65_HS1-834228961_62-HQ-83894_Section_3
Agency: FBI
Page 143
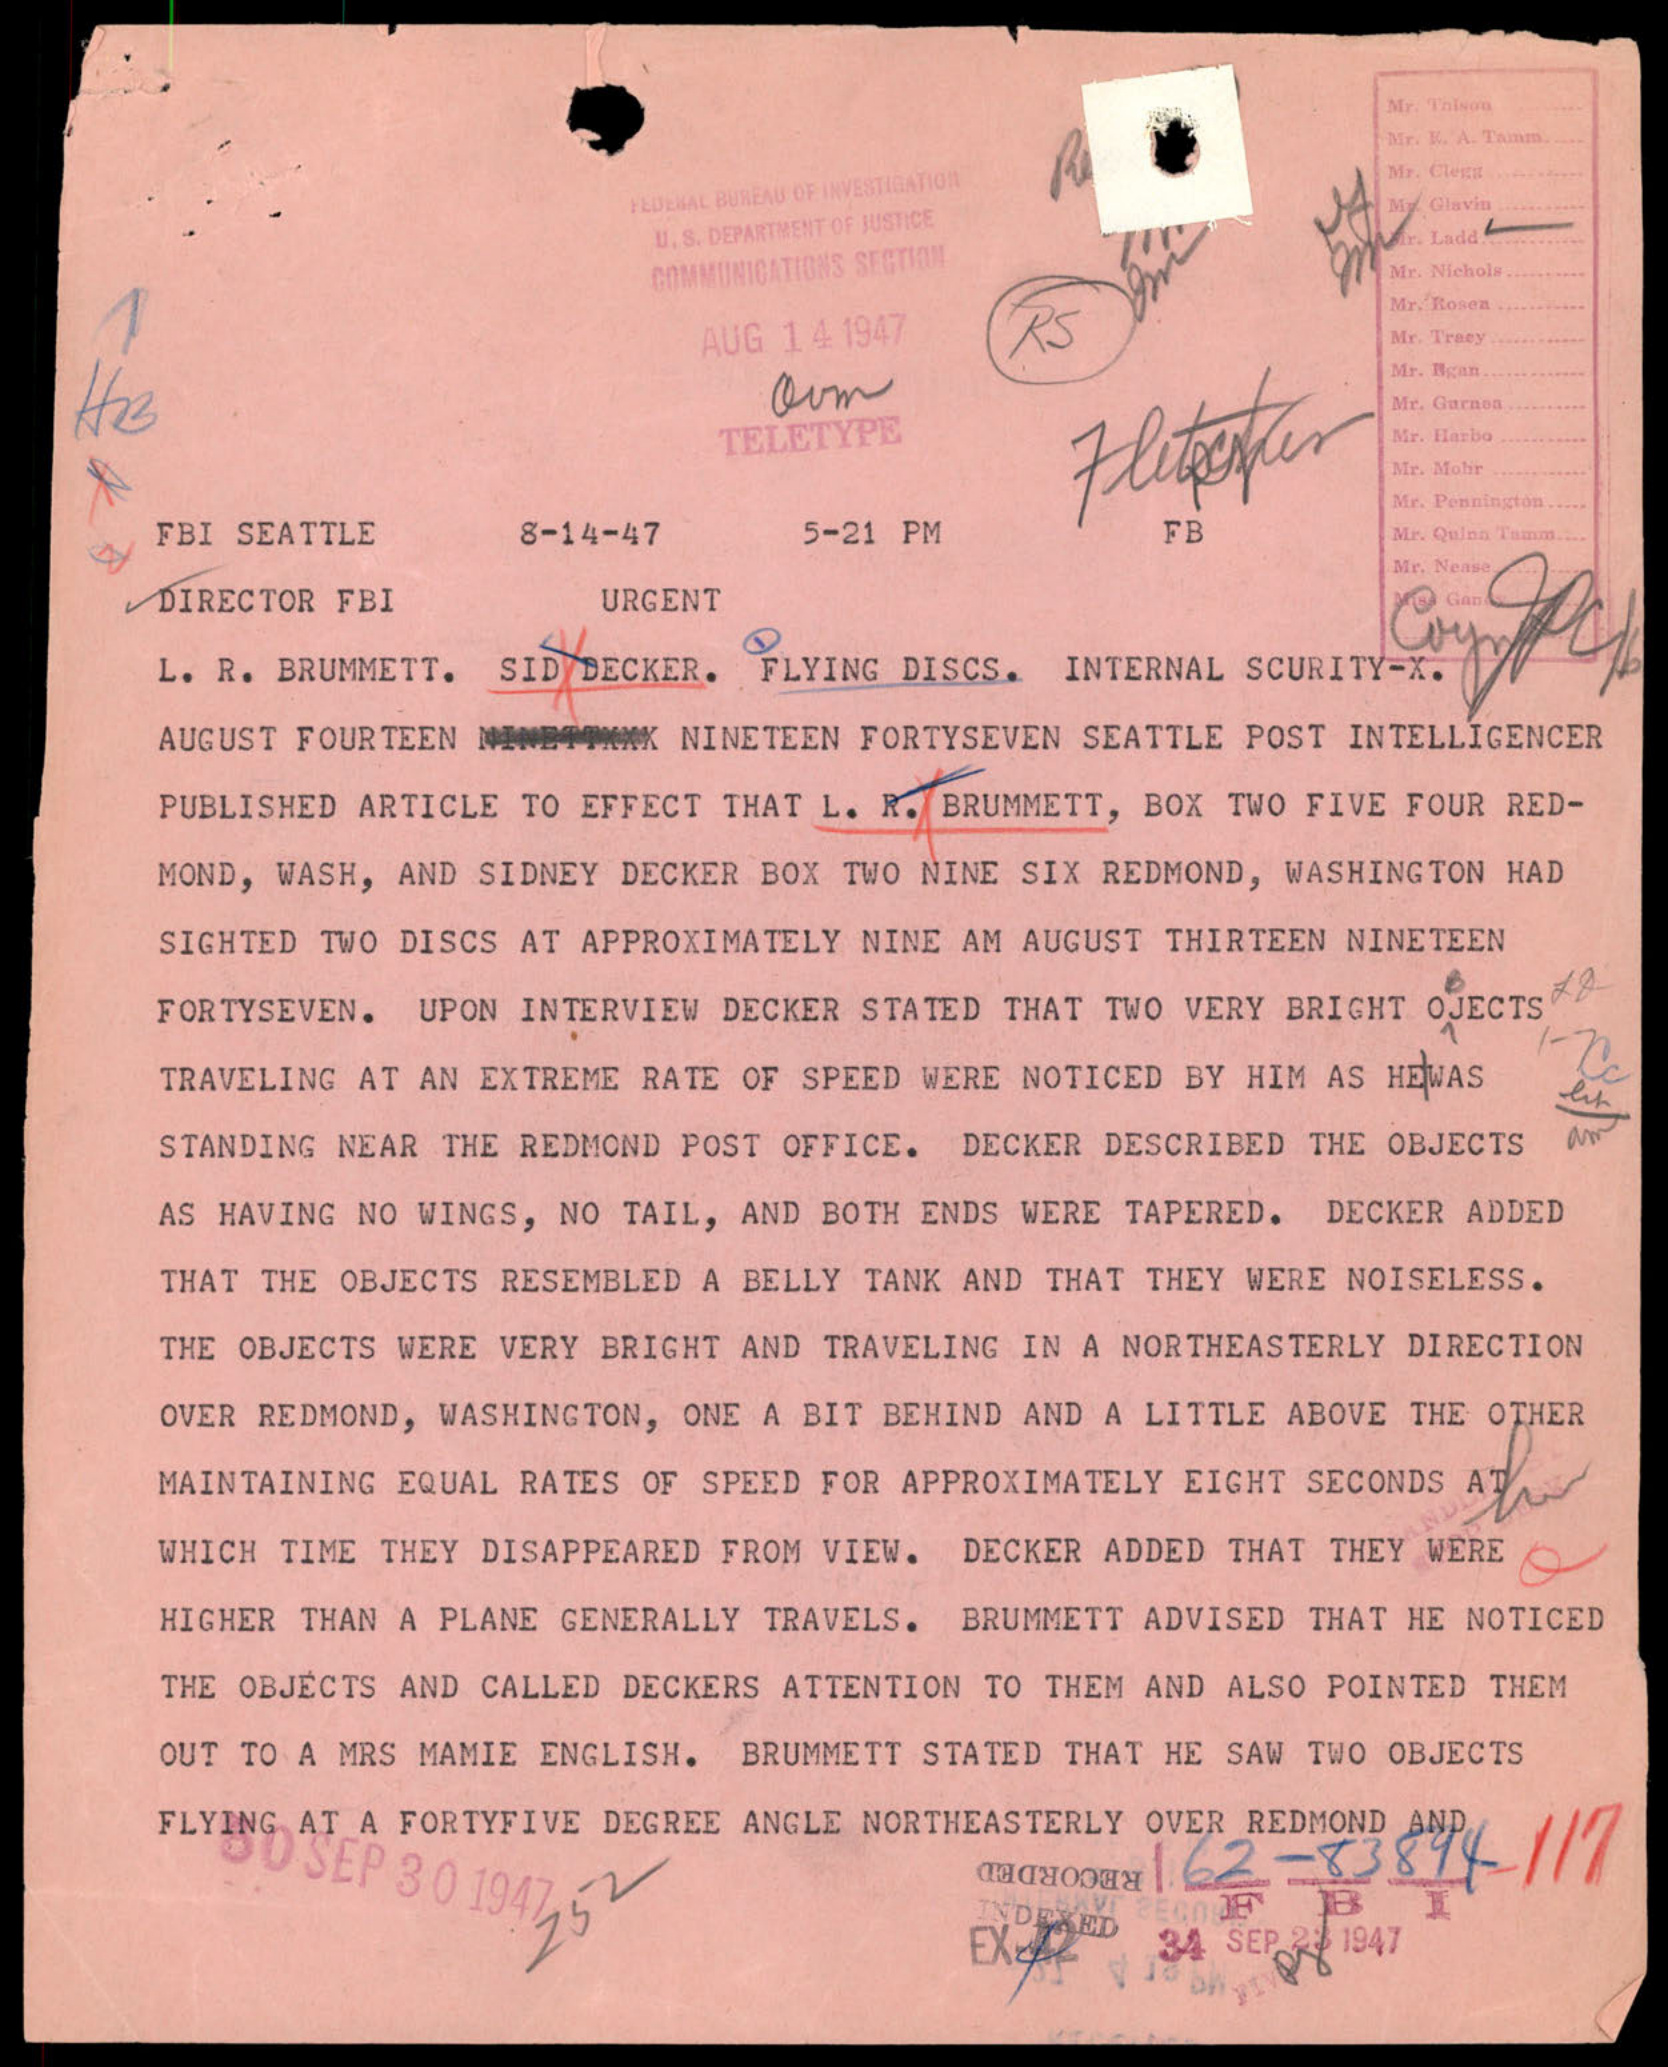